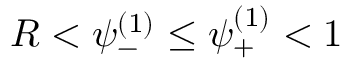
R < \psi _ { - } ^ { ( 1 ) } \leq \psi _ { + } ^ { ( 1 ) } < 1